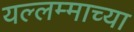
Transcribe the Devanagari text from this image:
यल्लम्माच्या